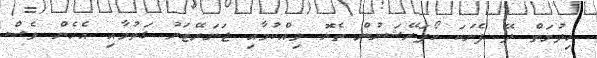
ހިދުމަތް ދޭ ފެނަކަ ކޯޕަރޭޝަނުން ތެޔޮ ވިއްކުމާއި ޖަނަރޭޓަރު ގަތުމާއި އެހެން ވެސް